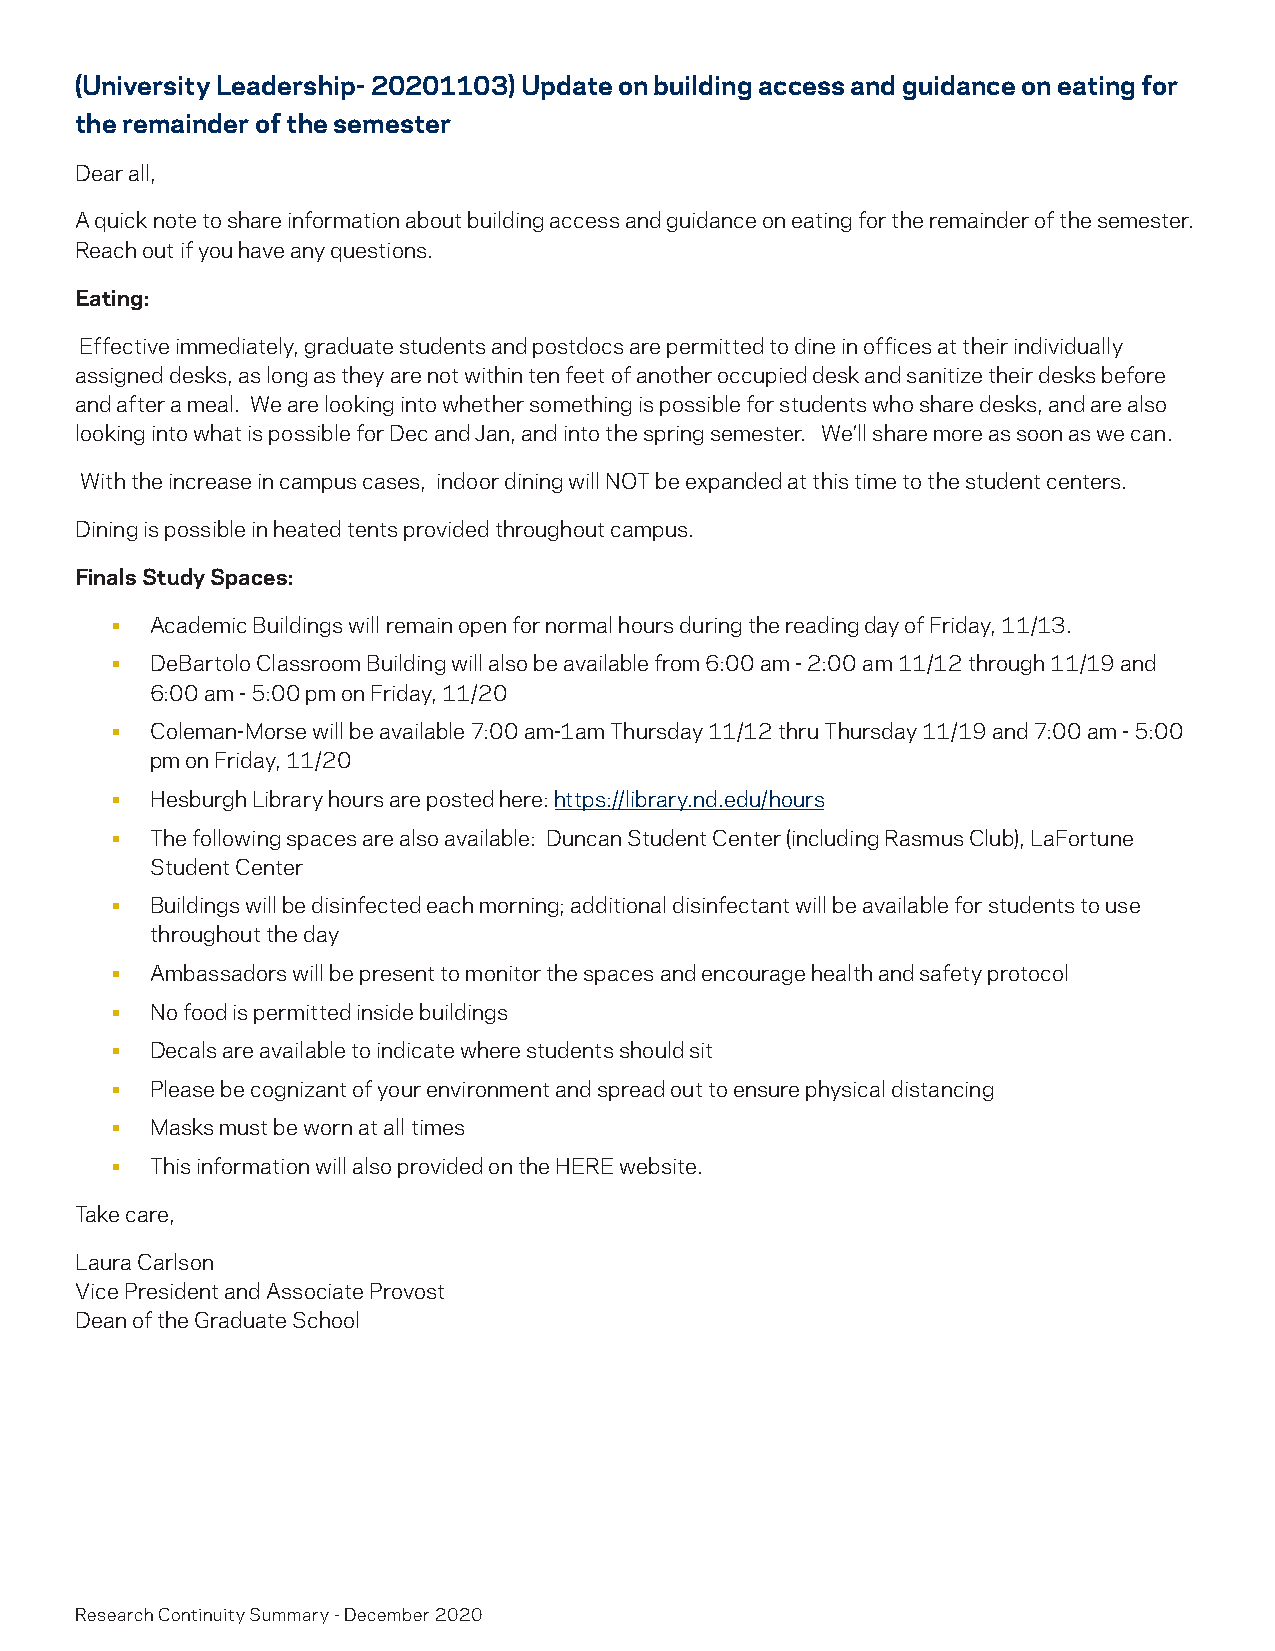
(University Leadership- 20201103) Update on building access and guidance on eating for
 the remainder of the semester
 Dear all,
 A quick note to share information about building access and guidance on eating for the remainder of the semester.
 Reach out if you have any questions.
 Eating:
 Effective immediately, graduate students and postdocs are permitted to dine in offices at their individually
 assigned desks, as long as they are not within ten feet of another occupied desk and sanitize their desks before
 and after a meal. We are looking into whether something is possible for students who share desks, and are also
 looking into what is possible for Dec and Jan, and into the spring semester. We’ll share more as soon as we can.
 With the increase in campus cases, indoor dining will NOT be expanded at this time to the student centers.
 Dining is possible in heated tents provided throughout campus.
 Finals Study Spaces:
 •  Academic Buildings will remain open for normal hours during the reading day of Friday, 11/13.
 •  DeBartolo Classroom Building will also be available from 6:00 am - 2:00 am 11/12 through 11/19 and
 6:00 am - 5:00 pm on Friday, 11/20
 •  Coleman-Morse will be available 7:00 am-1am Thursday 11/12 thru Thursday 11/19 and 7:00 am - 5:00
 pm on Friday, 11/20
 •  Hesburgh Library hours are posted here: https://library.nd.edu/hours
 •  The following spaces are also available: Duncan Student Center (including Rasmus Club), LaFortune
 Student Center
 •  Buildings will be disinfected each morning; additional disinfectant will be available for students to use
 throughout the day
 •  Ambassadors will be present to monitor the spaces and encourage health and safety protocol
 •  No food is permitted inside buildings
 •  Decals are available to indicate where students should sit
 •  Please be cognizant of your environment and spread out to ensure physical distancing
 •  Masks must be worn at all times
 •  This information will also provided on the HERE website.
 Take care,
 Laura Carlson
 Vice President and Associate Provost
 Dean of the Graduate School
 Research Continuity Summary - December 2020